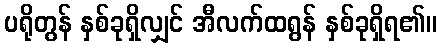
ပရိုတွန် နှစ်ခုရှိလျှင် အီလက်ထရွန် နှစ်ခုရှိရ၏။